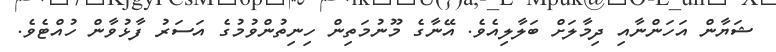
ޝަޔާން އަހަންނާއި ދިމާލަށް ބަލާލިއެވެ. އޭނާގެ މޫނުމަތިން ހިނިތުންވުމުގެ އަސަރު ފާޅުވާން ހުއްޓެވެ.